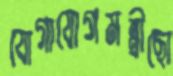
যোগাযোগমন্ত্রীছো